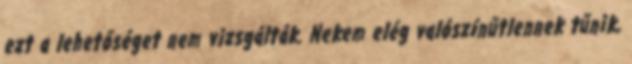
ezt a lehetőséget nem vizsgálták. Nekem elég valószínűtlennek tűnik,